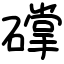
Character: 礃